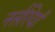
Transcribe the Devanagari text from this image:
नर्सरियाँ